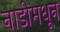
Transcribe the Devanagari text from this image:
नाडीमधून